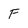
Character: F